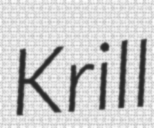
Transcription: Krill